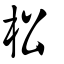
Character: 柗